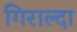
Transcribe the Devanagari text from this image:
गिराल्दा